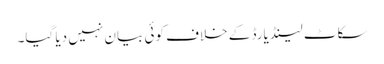
سکاٹ لینڈ یارڈ کے خلاف کوئی بیان نہیں دیا گیا۔